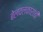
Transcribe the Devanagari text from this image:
बेलवलकारांची